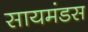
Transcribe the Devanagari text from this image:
सायमंडस